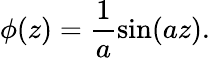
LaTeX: \phi(z)=\frac{1}{a}\sin(az).